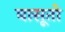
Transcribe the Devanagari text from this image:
बासूतो